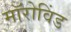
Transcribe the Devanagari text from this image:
मॉरोविंड